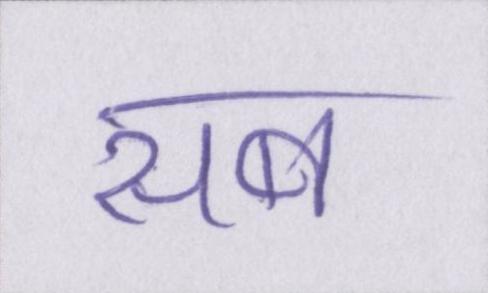
सब